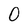
Character: 0